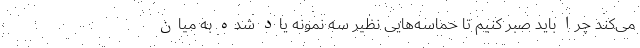
می‌کند چرا باید صبر کنیم تا حماسه‌هایی نظیر سه نمونه یاد شده به میان